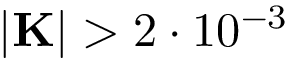
| \mathbf { K } | > 2 \cdot 1 0 ^ { - 3 }